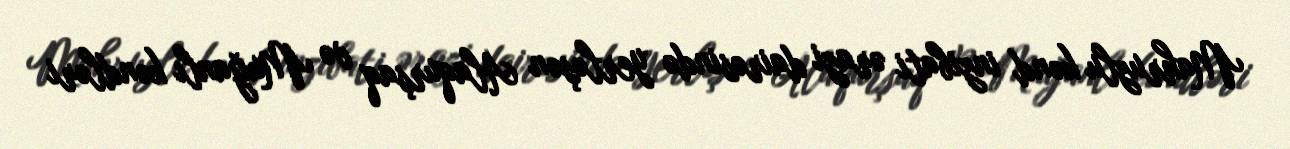
Mahruzlu kənd inzibati ərazi dairəsində yerləşən Alaqurşaq və Muğanlı kəndləri